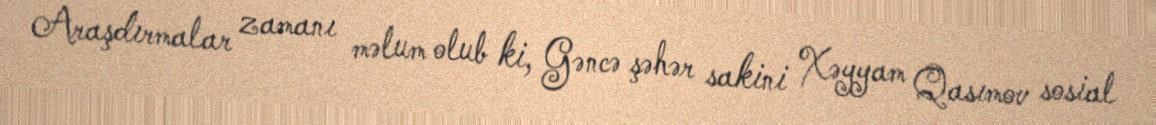
Araşdırmalar zamanı məlum olub ki, Gəncə şəhər sakini Xəyyam Qasımov sosial